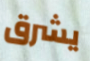
يشرق